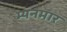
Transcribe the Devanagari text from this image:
म्यनमार